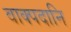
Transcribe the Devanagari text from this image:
वाक्पदानि